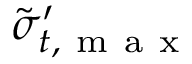
\tilde { \sigma } _ { t , \mathrm { ~ m ~ a ~ x ~ } } ^ { \prime }